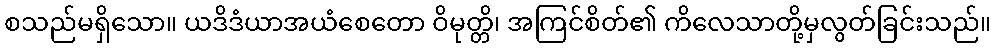
စသည်မရှိသော။ ယဒိဒံယာအယံစေတော ဝိမုတ္တိ၊ အကြင်စိတ်၏ ကိလေသာတို့မှလွတ်ခြင်းသည်။